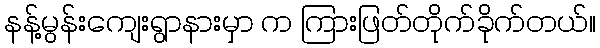
နန့်မွန်းကျေးရွာနားမှာ က ကြားဖြတ်တိုက်ခိုက်တယ်။